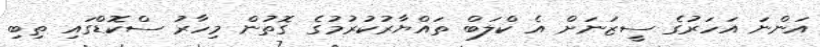
އަންނަ އަހަރުގެ ސީޒަނަށް އެ ކްލަބް ތައްޔާރުކުރުމުގެ ގޮތުން މިހާރު ސްކޮޑްގައި ތިބި